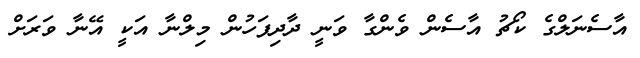
އާސެނަލްގެ ކޯޗު އާސެން ވެންގާ ވަނީ ދާދިފަހުން މިލްނާ އަކީ އޭނާ ވަރަށް